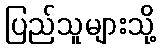
ပြည်သူများသို့